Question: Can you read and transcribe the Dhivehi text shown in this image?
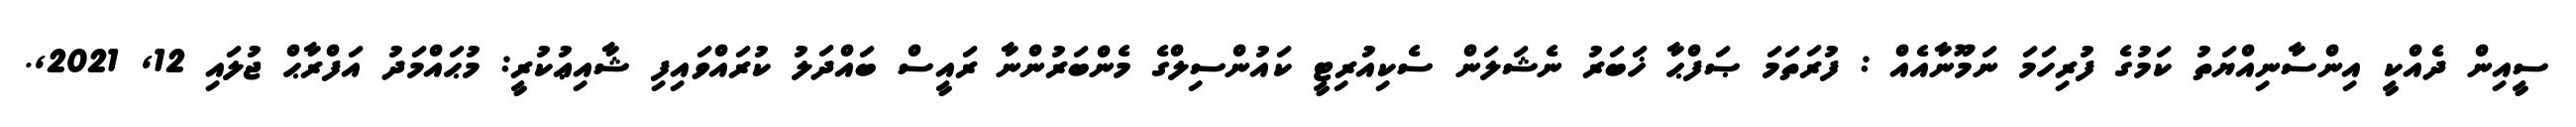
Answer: ސީއިން ދެއްކީ އިންސާނިއްޔަތު ކަމުގެ ފުރިހަމަ ނަމޫނާއެއް : ފުރަތަމަ ޞަފްޙާ ޚަބަރު ނެޝަލަން ސެކިއުރިޓީ ކައުންސިލްގެ މެންބަރުންނާ ރައީސް ބައްދަލު ކުރައްވައިފި ޝާއިޢުކުރީ: މުޙައްމަދު އަފްރާޙް ޖުލައި 12, 2021,.